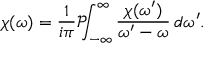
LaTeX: \chi ( \omega ) = { \frac { 1 } { i \pi } } { \mathcal { P } } \! \! \! \int _ { - \infty } ^ { \infty } { \frac { \chi ( \omega ^ { \prime } ) } { \omega ^ { \prime } - \omega } } \, d \omega ^ { \prime } .